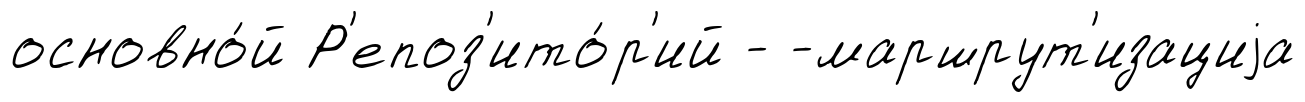
основно́й Р'епоз'ито́р'ий - -маршрут'изациjа